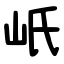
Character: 㞴